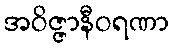
အဝိဇ္ဇာနီဝရဏာ